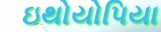
ઇથોયોપિયા